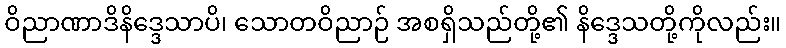
ဝိညာဏာဒိနိဒ္ဒေသာပိ၊ သောတဝိညာဉ် အစရှိသည်တို့၏ နိဒ္ဒေသတို့ကိုလည်း။